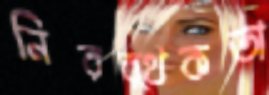
নিরর্থকতা